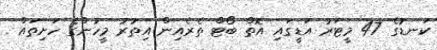
ކަނޑުގެ 47 މީޓަރު އަޑީގައި އޮތް ބޯޓް ތެރެއިން އިތުރު މީހުންގެ ހަށިތައް